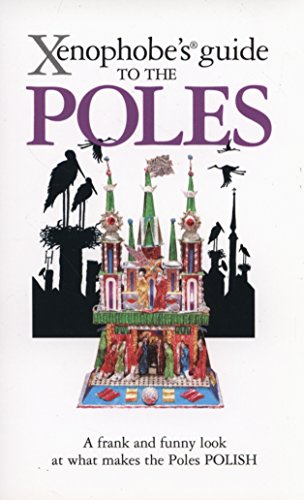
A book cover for Xenophobe's Guide to the Poles; Ewa Lipniacka; Travel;